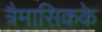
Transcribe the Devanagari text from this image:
त्रैमासिकके